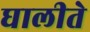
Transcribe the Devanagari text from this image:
घालीते